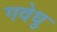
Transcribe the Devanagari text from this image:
गवेधु